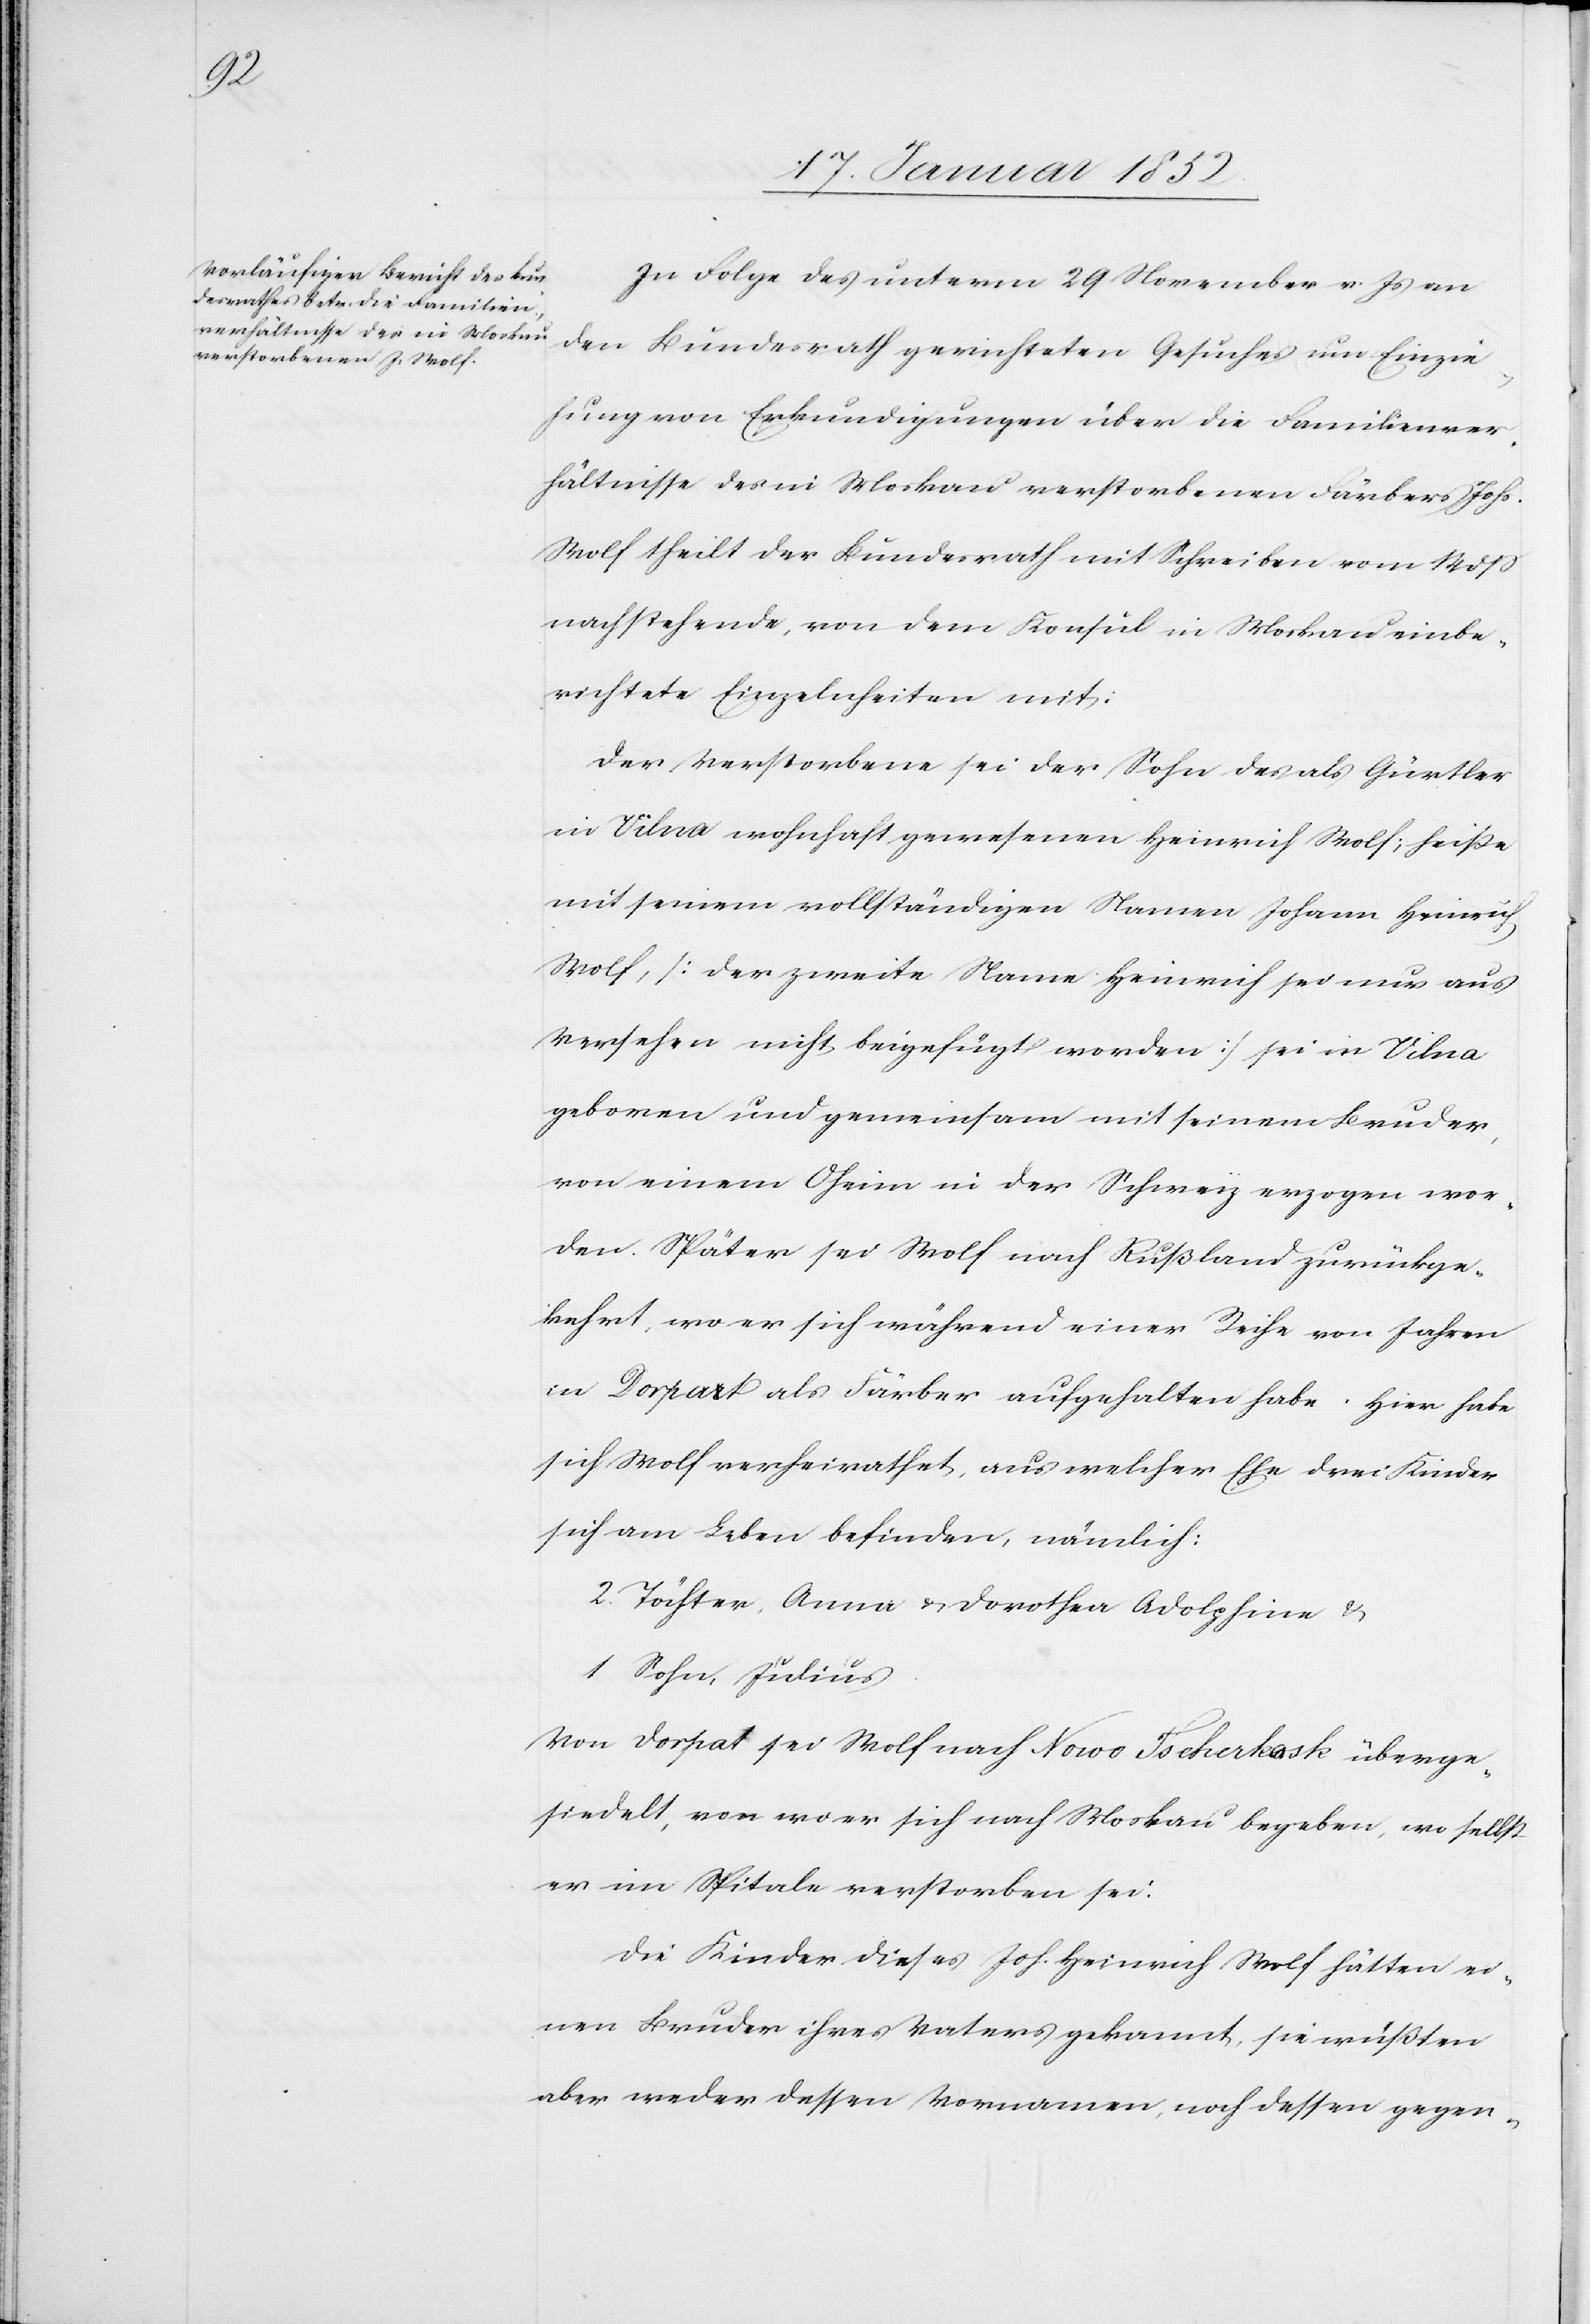
In Folge des unterm 29 November v. Js an
den Bundesrath gerichteten Gesuches um Einzie¬
hung von Erkundigungen über die Familienver¬
hältnisse des in Moskau verstorbenen Färber Johs.
Wolf theilt der Bundesrath mit Schreiben vom 14 dß
nachstehende, von dem Konsul in Moskau einbe¬
richtete Einzelheiten mit:
Der Verstorbene sei der Sohn des als Gürtler
in Vilna wohnhaft gewesenen Heinrich Wolf; heiße
mit seinem vollständigen Namen Johann Heinrich
Wolf, [der zweite Name Heinrich sei nur aus
Versehen nicht beigefügt worden] sei in Vilna
geboren und gemeinsam mit seinem Bruder,
von seinem Oheim in der Schweiz erzogen wor¬
den. Später sei Wolf nach Rußland zurückge¬
kehrt, wo er sich während einer Reihe von Jahren
in Dorpat als Färber aufgehalten habe. Hier habe
sich Wolf verheimathet aus welcher Ehe drei Kinder
sich am Leben befinden, nämlich:
2. Töchter, Anna u. Dorothea Adolphina u.
1 Sohn, Julius.
Von Dorpat sei Wolf nach Novo Tscherkask überge¬
siedelt, von wo er sich nach Moskau begeben, wo selbst
er im Spitale verstorben sei.
Die Kinder dieses Joh. Heinrich Wolf hätten ei¬
nen Bruder ihres Vaters gekannt, sie wüßten
aber weder dessen Vornamen noch dessen gegen-